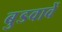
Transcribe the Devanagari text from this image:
बुडवावें